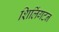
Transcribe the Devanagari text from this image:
शिलिंगटन